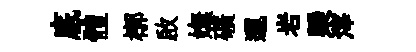
底體槨啟嫵礦邐岩槩滓